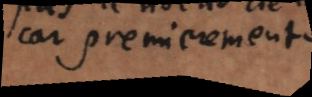
car premierement